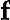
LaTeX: \textbf{f}